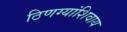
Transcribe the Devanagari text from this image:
ठिणग्यांशिवाय